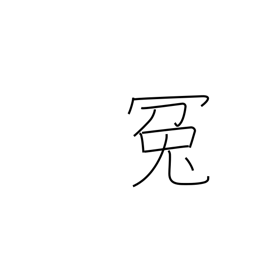
Meaning: false charge